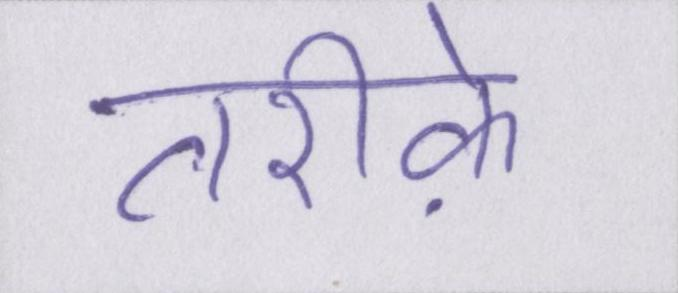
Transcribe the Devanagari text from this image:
तरीके़